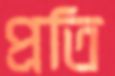
প্রতি